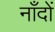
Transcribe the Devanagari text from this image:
नाँदों